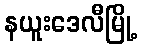
နယူးဒေလီမြို့